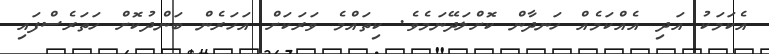
އެކަމަކު އަދި އެއްކަމެއް ހަނދާން ކޮށްލަދޭނަމެވެ. ކިތައްމެ ވަރަކަށް އަހަރެން ބަންދުކޮށް ހަތަރެސްފައި